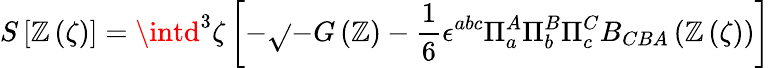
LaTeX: S\left[\mathbb{Z}\left(\zeta\right)\right]=\intd^{3}\zeta\left[-\sqrt{}{{-G\left(\mathbb{Z}\right)}}-{\frac{{1}}{{6}}}\epsilon^{abc}\Pi_{a}^{A}\Pi_{b}^{B}\Pi_{c}^{C}B_{CBA}\left(\mathbb{Z}\left(\zeta\right)\right)\right]